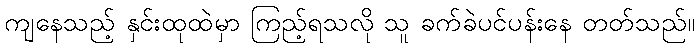
ကျနေသည့် နှင်းထုထဲမှာ ကြည့်ရသလို သူ ခက်ခဲပင်ပန်းနေ တတ်သည်။